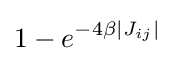
1-e^{-4\beta |J_{ij}|}